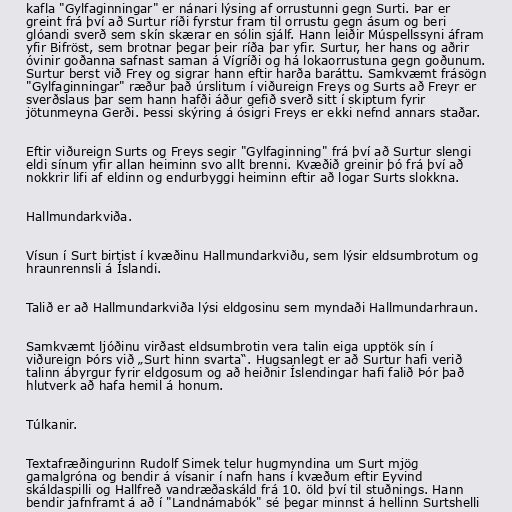
kafla "Gylfaginningar" er nánari lýsing af orrustunni gegn Surti. Þar er
greint frá því að Surtur ríði fyrstur fram til orrustu gegn ásum og beri
glóandi sverð sem skín skærar en sólin sjálf. Hann leiðir Múspellssyni áfram
yfir Bifröst, sem brotnar þegar þeir ríða þar yfir. Surtur, her hans og aðrir
óvinir goðanna safnast saman á Vígríði og há lokaorrustuna gegn goðunum.
Surtur berst við Frey og sigrar hann eftir harða baráttu. Samkvæmt frásögn
"Gylfaginningar" ræður það úrslitum í viðureign Freys og Surts að Freyr er
sverðslaus þar sem hann hafði áður gefið sverð sitt í skiptum fyrir
jötunmeyna Gerði. Þessi skýring á ósigri Freys er ekki nefnd annars staðar.

Eftir viðureign Surts og Freys segir "Gylfaginning" frá því að Surtur slengi
eldi sínum yfir allan heiminn svo allt brenni. Kvæðið greinir þó frá því að
nokkrir lifi af eldinn og endurbyggi heiminn eftir að logar Surts slokkna.

Hallmundarkviða.

Vísun í Surt birtist í kvæðinu Hallmundarkviðu, sem lýsir eldsumbrotum og
hraunrennsli á Íslandi.

Talið er að Hallmundarkviða lýsi eldgosinu sem myndaði Hallmundarhraun.

Samkvæmt ljóðinu virðast eldsumbrotin vera talin eiga upptök sín í
viðureign Þórs við „Surt hinn svarta“. Hugsanlegt er að Surtur hafi verið
talinn ábyrgur fyrir eldgosum og að heiðnir Íslendingar hafi falið Þór það
hlutverk að hafa hemil á honum.

Túlkanir.

Textafræðingurinn Rudolf Simek telur hugmyndina um Surt mjög
gamalgróna og bendir á vísanir í nafn hans í kvæðum eftir Eyvind
skáldaspilli og Hallfreð vandræðaskáld frá 10. öld því til stuðnings. Hann
bendir jafnframt á að í "Landnámabók" sé þegar minnst á hellinn Surtshelli